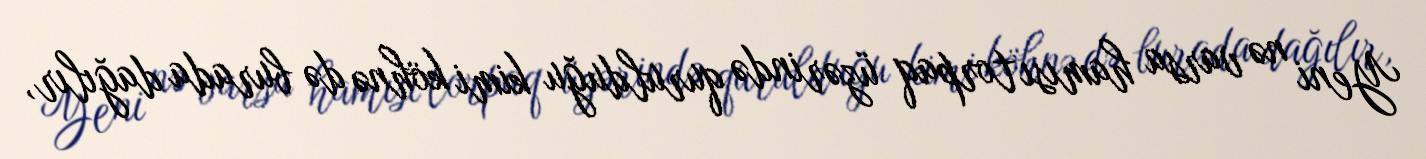
Yeni nə varsa hamısı torpaq üzərində qurulduğu kimi köhnə də burada dağılır,